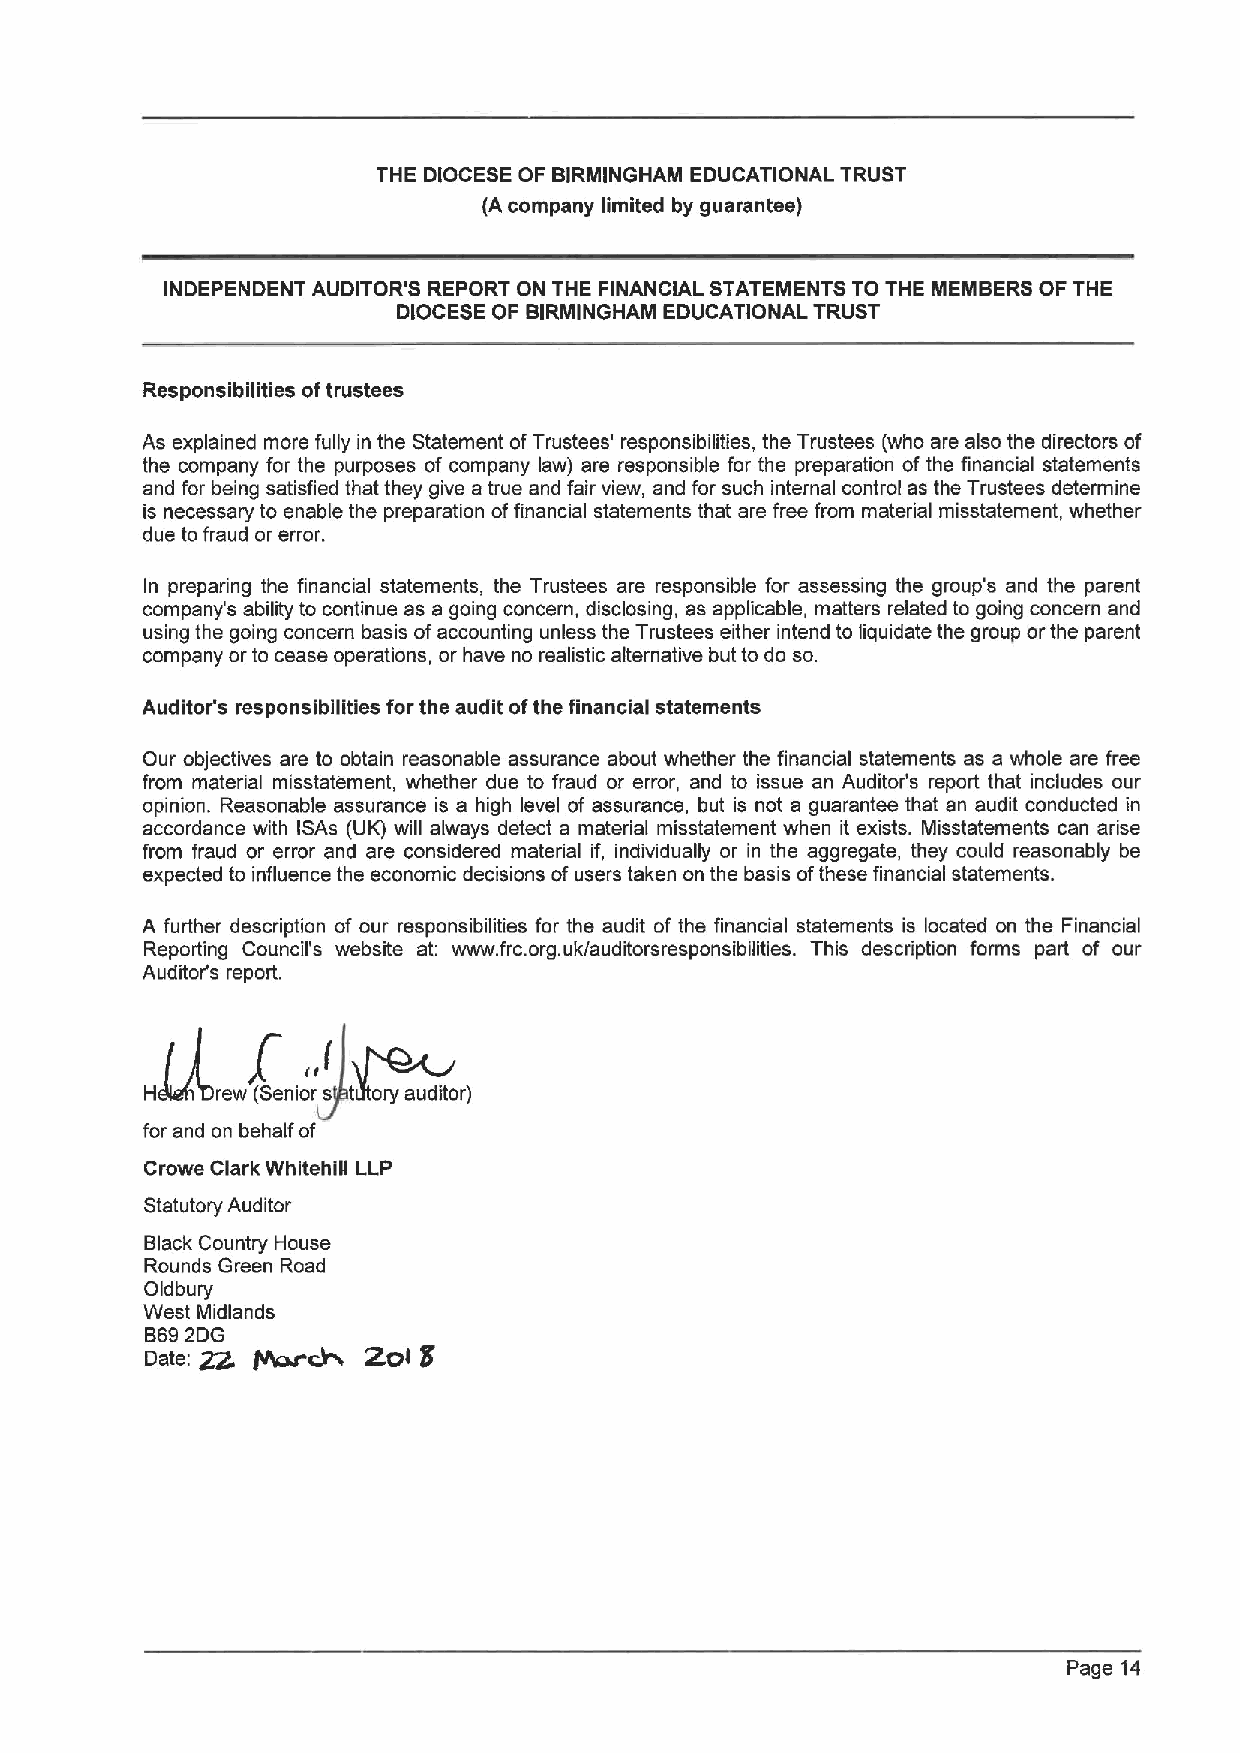
THE DIOCESE OF BIRMINGHAM EDUCATIONAL TRUST
 (A company limited by guarantee)
 INDEPENDENT AUDITOR'S REPORT ON THE FINANCIAL STATEMENTS TO THE MEMBERS OF THE
 DIOCESE OF BIRMINGHAM EDUCATIONAL TRUST
 Responsibilities oftrustees
 As explained more fully in the Statement ofTrustees' responsibilities, the Trustees (who are also the directors of
 the company for the purposes of company law) are responsible for the preparation of the financial statements
 and for being satisfied that they give a true and fair view, and for such internal control as the Trustees determine
 is necessary to enable the preparation offinancial statements that are free from material misstatement, whether
 due tofraud or error.
 In preparing the financial statements, the Trustees are responsible for assessing the group's and the parent
 company's ability to continue as a going concern, disclosing, as applicable, matters related to going concern and
 using the going concern basis ofaccounting unless the Trustees either intend to liquidate the group orthe parent
 company or to cease operations, or have no realistic alternative but todo so.
 Auditor's responsibilities for the audit ofthe financial statements
 Our objectives are to obtain reasonable assurance about whether the financial statements as a whole are free
 from material misstatement, whether due to fraud or error, and to issue an Auditor's report that includes our
 opinion. Reasonable assurance is a high level of assurance, but is not a guarantee that an audit conducted in
 accordance with ISAs (UK) will always detect a material misstatement when it exists. Misstatements can arise
 from fraud or error and are considered material if, individually or in the aggregate, they could reasonably be
 expected to influence the economic decisions ofusers taken on the basis ofthese financial statements.
 A further description of our responsibilities for the audit of the financial statements is located on the Financial
 Reporting Council's website at: www. frc.org.uk/auditorsresponsibilities. This description forms part of our
 Auditor's report.
 H   rew (Senior s t ory auditor)
 for and on behalf of
 Crowe Clark Whitehill LLP
 Statutory Auditor
 Black Country House
 Rounds Green Road
 Oldbury
 West Midlands
 B692DG
 Date: gg. PharW 2OI 5
 Page 14